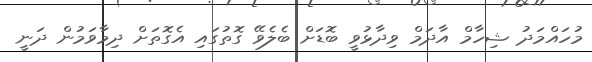
މުހައްމަދު ޝިހާމް އާދަމް ވިދާޅުވީ ބޮޑަށް ބެލެވޭ ގޮތުގައި އެގޮތަށް ދިމާވަމުން ދަނީ